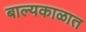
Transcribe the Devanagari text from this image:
बाल्यकाळात